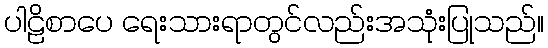
ပါဠိစာပေ ရေးသားရာတွင်လည်းအသုံးပြုသည်။